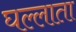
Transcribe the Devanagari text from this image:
घल्लाता